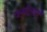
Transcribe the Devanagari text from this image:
ऋषीलाही